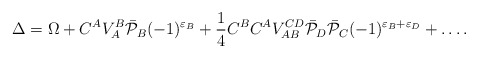
\begin{align*}\Delta=\Omega+C^AV_A^B\bar{\cal P}_B(-1)^{\varepsilon_B}+\frac{1}{4}C^BC^AV^{CD}_{AB}\bar{\cal P}_D\bar{\cal P}_C(-1)^{\varepsilon_B+\varepsilon_D}+\ldots.\end{align*}